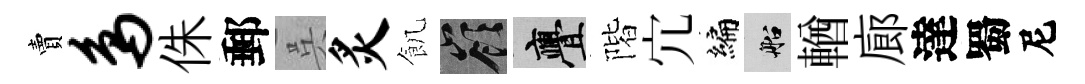
賣鸟侏郵呉炙飢嶺亹階宂编船輶廊達蜀尼